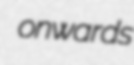
onwards